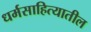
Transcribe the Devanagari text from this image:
धर्मसाहित्यातील